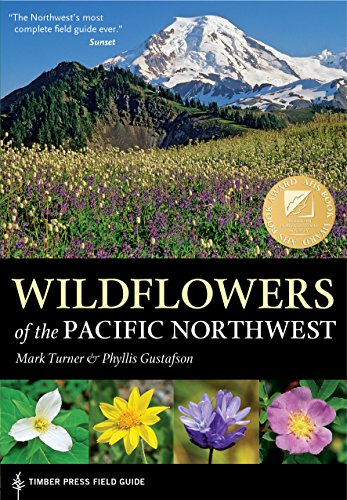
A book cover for Wildflowers of the Pacific Northwest (Timber Press Field Guides); Mark Turner; Crafts, Hobbies & Home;